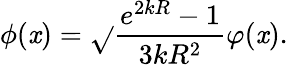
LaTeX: \phi(\mathit{x})=\sqrt{}{{\frac{{e^{2kR}-1}}{{3kR^{2}}}}}\varphi(\mathit{x}).